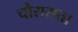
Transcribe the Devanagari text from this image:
चौरासता